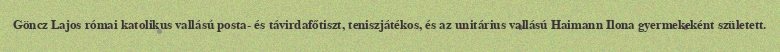
Göncz Lajos római katolikus vallású posta- és távirdafőtiszt, teniszjátékos, és az unitárius vallású Haimann Ilona gyermekeként született.